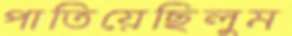
পাতিয়েছিলুম